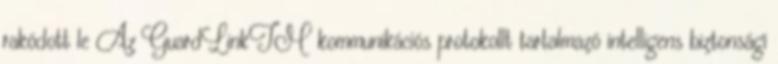
rakódott le Az GuardLinkTM kommunikációs protokollt tartalmazó intelligens biztonsági